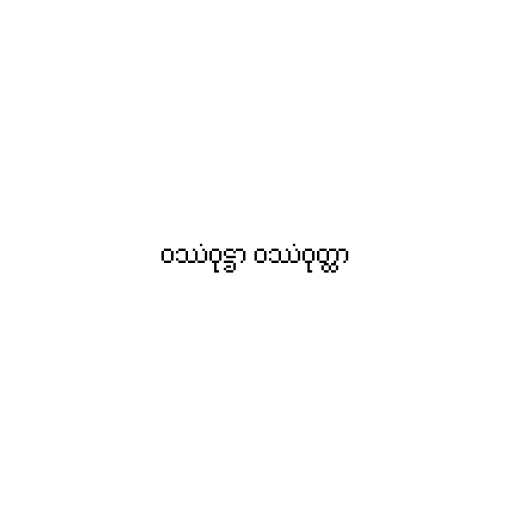
ဝဿံဝုဋ္ဌာ ဝဿံဝုတ္ထာ